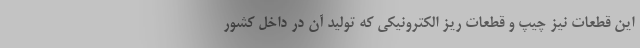
این قطعات نیز چیپ و قطعات ریز الکترونیکی که تولید آن در داخل کشور